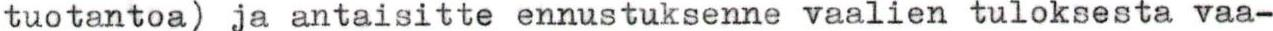
tuotantoa ja antaisitte ennustuksenne vaalien tuloksesta vaa-